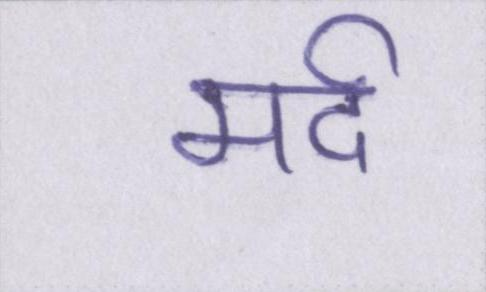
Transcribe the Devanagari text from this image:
मर्द